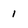
Character: l